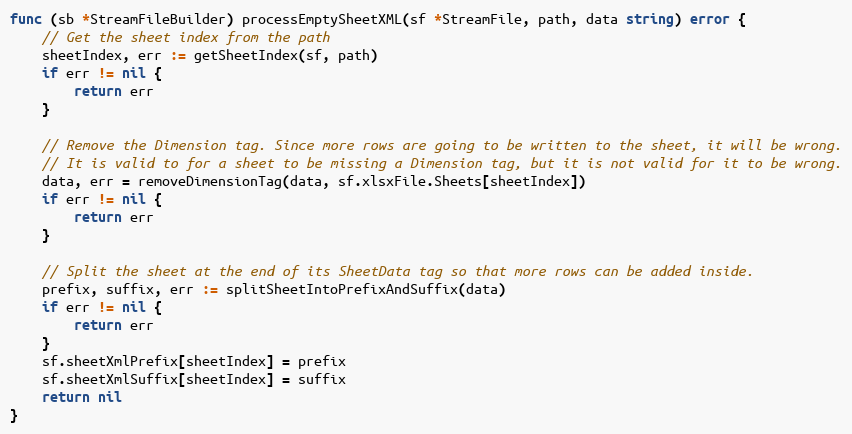
Language: Go
func (sb *StreamFileBuilder) processEmptySheetXML(sf *StreamFile, path, data string) error {
	// Get the sheet index from the path
	sheetIndex, err := getSheetIndex(sf, path)
	if err != nil {
		return err
	}

	// Remove the Dimension tag. Since more rows are going to be written to the sheet, it will be wrong.
	// It is valid to for a sheet to be missing a Dimension tag, but it is not valid for it to be wrong.
	data, err = removeDimensionTag(data, sf.xlsxFile.Sheets[sheetIndex])
	if err != nil {
		return err
	}

	// Split the sheet at the end of its SheetData tag so that more rows can be added inside.
	prefix, suffix, err := splitSheetIntoPrefixAndSuffix(data)
	if err != nil {
		return err
	}
	sf.sheetXmlPrefix[sheetIndex] = prefix
	sf.sheetXmlSuffix[sheetIndex] = suffix
	return nil
}